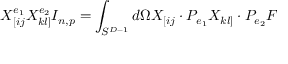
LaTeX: X _ { [ i j } ^ { e _ { 1 } } X _ { k l ] } ^ { e _ { 2 } } I _ { n , p } = \int _ { S ^ { D - 1 } } d \Omega X _ { [ i j } \cdot P _ { e _ { 1 } } X _ { k l ] } \cdot P _ { e _ { 2 } } F